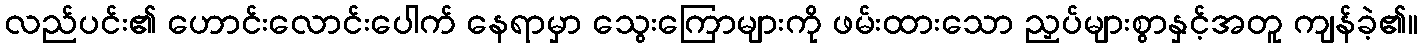
လည်ပင်း၏ ဟောင်းလောင်းပေါက် နေရာမှာ သွေးကြောများကို ဖမ်းထားသော ညှပ်များစွာနှင့်အတူ ကျန်ခဲ့၏။